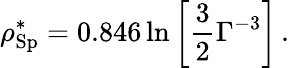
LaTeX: \rho_{\mathrm{Sp}}^{*}=0.846\ln\left[\frac{3}{2}\Gamma^{-3}\right]\, .